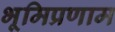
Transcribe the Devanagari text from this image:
भूमिप्रणाम